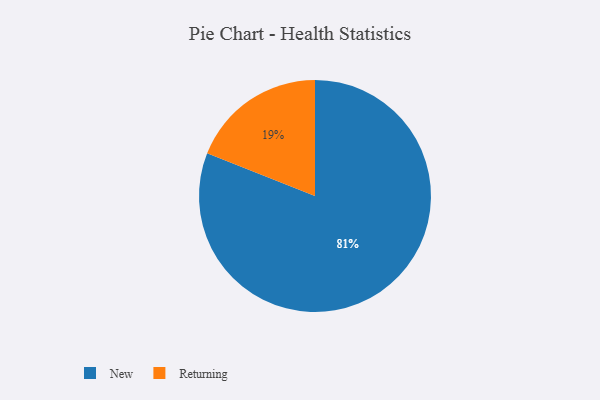
{"axis": {"x": "Category", "y": "Percentage"}, "legend": ["New", "Returning"], "data": [{"x": "New", "y": 81, "type": "New"}, {"x": "Returning", "y": 19, "type": "Returning"}]}